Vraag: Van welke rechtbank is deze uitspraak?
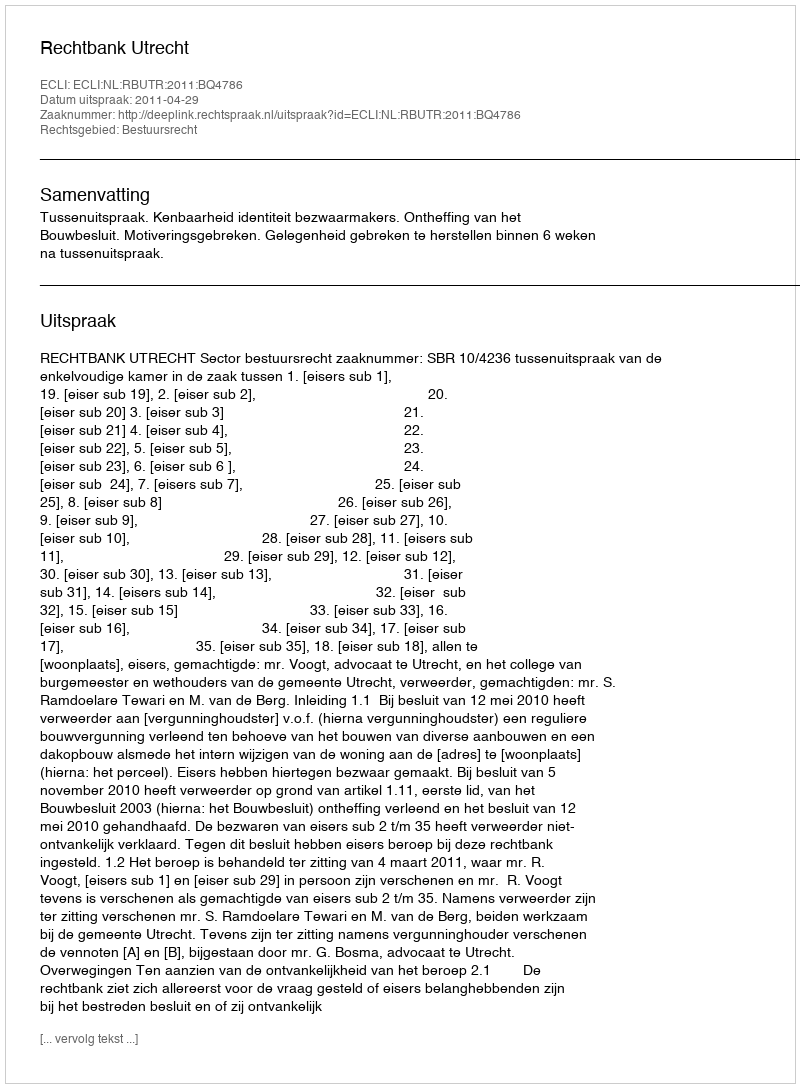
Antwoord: Rechtbank Utrecht